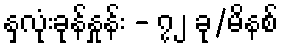
နှလုံးခုန်နှုန်း - ၇၂ ခု/မိနစ်